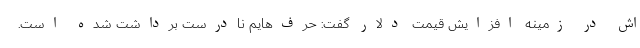
اش در زمینه افزایش قیمت دلار گفت: حرف‌هایم نادرست برداشت شده است.